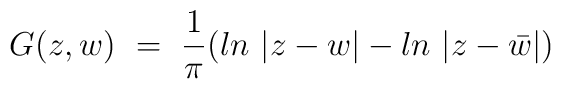
G (z,w) ~=~ {1\over \pi} (ln~ |z-w| - ln~|z-\bar w|)